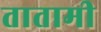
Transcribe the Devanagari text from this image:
तातामी